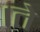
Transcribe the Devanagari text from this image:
।ते